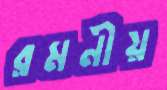
রমনীয়